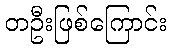
တဦးဖြစ်ကြောင်း